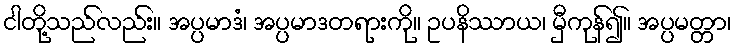
ငါတို့သည်လည်း။ အပ္ပမာဒံ၊ အပ္ပမာဒတရားကို။ ဥပနိဿာယ၊ မှီကုန်၍။ အပ္ပမတ္တာ၊